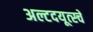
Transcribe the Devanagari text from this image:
अल्टदयूत्स्चे